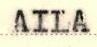
AILA